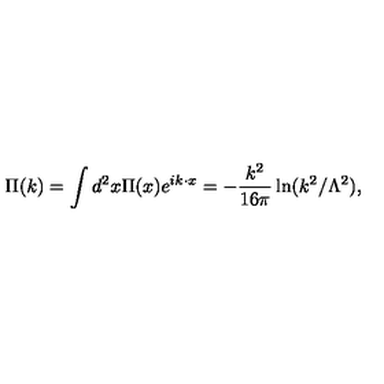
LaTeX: \Pi ( k ) = \int d ^ { 2 } x \Pi ( x ) e ^ { i k \cdot x } = - \frac { k ^ { 2 } } { 1 6 \pi } \ln ( k ^ { 2 } / \Lambda ^ { 2 } ) ,